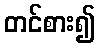
တင်စား၍